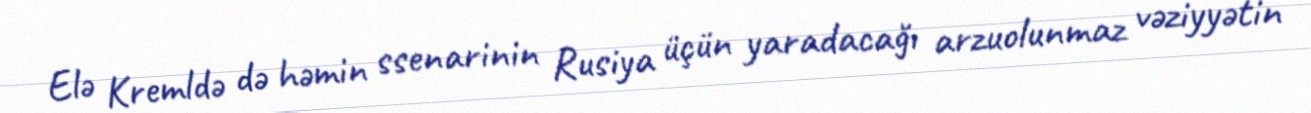
Elə Kremldə də həmin ssenarinin Rusiya üçün yaradacağı arzuolunmaz vəziyyətin